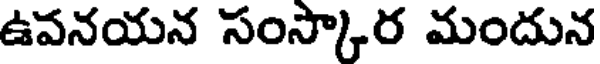
ఉవనయన సంస్కార మందున